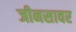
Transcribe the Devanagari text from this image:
जीनसावर